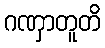
ဂဏှာတူတိ